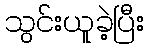
သွင်းယူခဲ့ပြီး